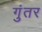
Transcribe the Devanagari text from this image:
गुंतर